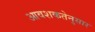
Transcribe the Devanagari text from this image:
आवशकतेनुसार